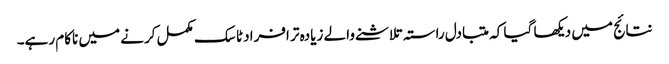
نتائج میں دیکھا گیا کہ متبادل راستہ تلاشنے والے زیادہ تر افراد ٹاسک مکمل کرنے میں ناکام رہے۔